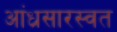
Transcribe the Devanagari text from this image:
आंध्रसारस्वत